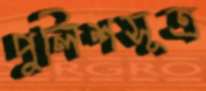
পুলিশসূত্র